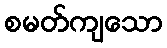
စမတ်ကျသော